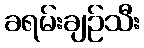
ခရမ်းချဉ်သီး